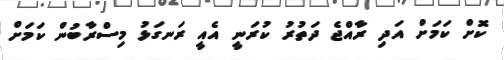
ކޮށް ކަމަށް އަދި ރާއްޖެ ދަތުރު ކުރަނީ އެއީ ރަނގަޅު މިސްރާބުން ކަމަށް